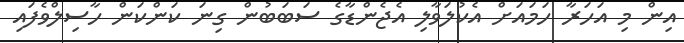
އިން މި އަހަރާ ހަމައަށް އެކުލަވާލި އެޖެންޑާގެ ސަބަބުން ގިނަ ކަންކަން ހާސިލްވެފައި